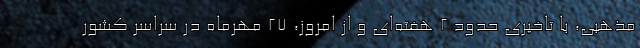
مذهبی، با تاخیری حدود ۲ هفته‌ای و از امروز، ۲۷ مهرماه در سراسر کشور